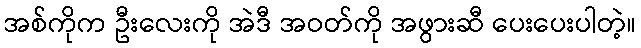
အစ်ကိုက ဦးလေးကို အဲဒီ အဝတ်ကို အဖွားဆီ ပေးပေးပါတဲ့။